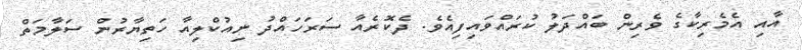
އާއި އެމެރިކާގެ ވެރިން ބައްދަލު ކުރައްވައިފިއެވެ. ދެކޮރެއާ ސަރަހައްދު ނިއުކްލިއާ ހަތިޔާރުން ސަލާމަތް